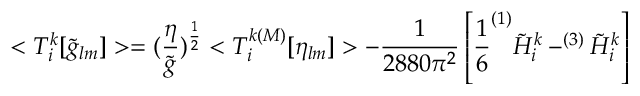
< T _ { i } ^ { k } [ \tilde { g } _ { l m } ] > = ( \frac { \eta } { \tilde { g } } ) ^ { \frac { 1 } { 2 } } < T _ { i } ^ { k ( M ) } [ \eta _ { l m } ] > - { \frac { 1 } { 2 8 8 0 \pi ^ { 2 } } } \left[ { \frac { 1 } { 6 } } ^ { ( 1 ) } \tilde { H } _ { i } ^ { k } - ^ { ( 3 ) } \tilde { H } _ { i } ^ { k } \right]